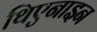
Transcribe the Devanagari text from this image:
थिएनाइन